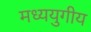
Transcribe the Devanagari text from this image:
मध्ययुगीय